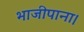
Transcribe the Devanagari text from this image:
भाजीपाना।